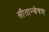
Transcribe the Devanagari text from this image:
सीतान्वेषण